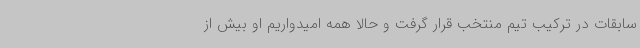
سابقات در ترکیب تیم منتخب قرار گرفت و حالا همه امیدواریم او بیش از